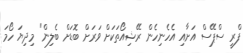
ފްރީ ސްޕޭސް އަށާއި އެހެނިހެން ރޭޝިއޯތަކަށް ވަރަށް ބޮޑަށް ބެލިން" މިދިޔަ ހޯމަ